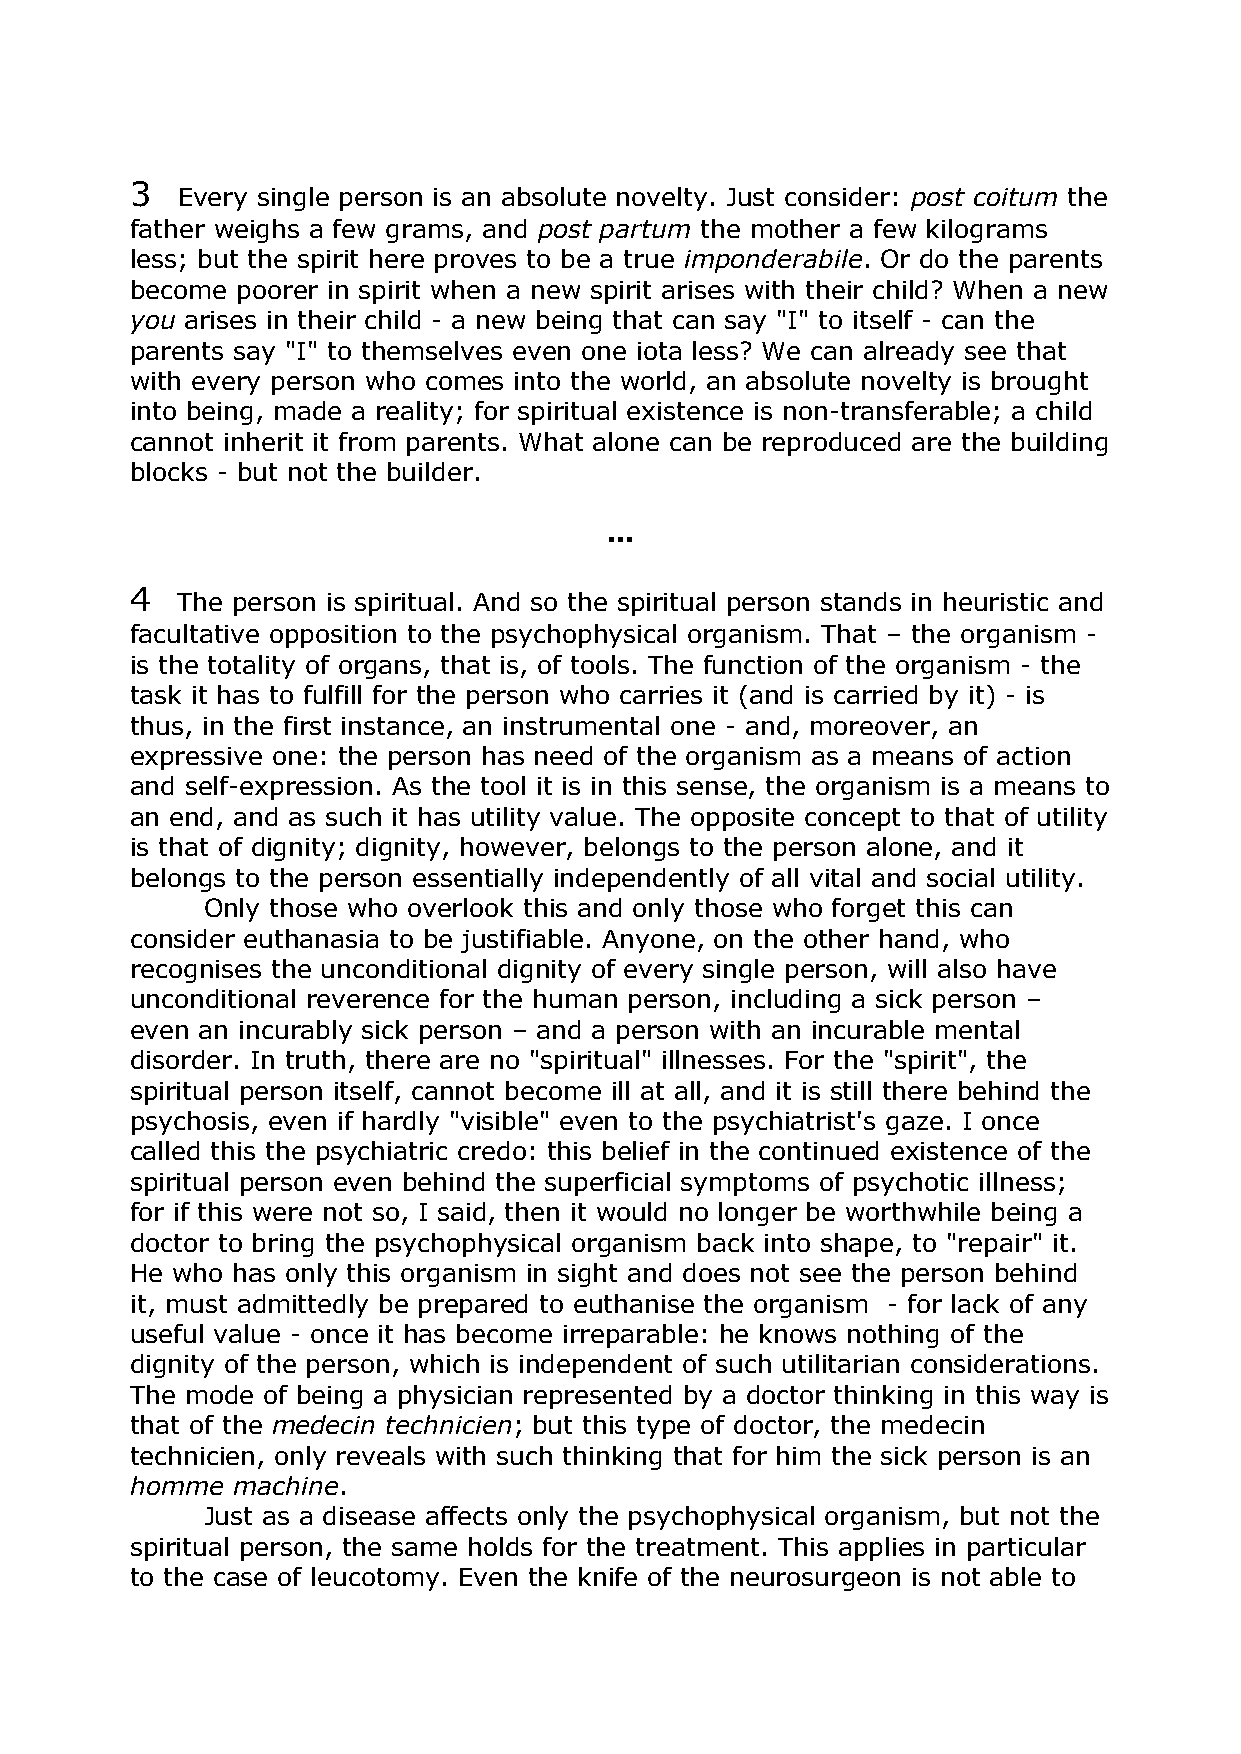
3
 Every single person is an absolute novelty. Just consider: post coitum the
 father weighs a few grams, and post partum the mother a few kilograms
 less; but the spirit here proves to be a true imponderabile. Or do the parents
 become poorer in spirit when a new spirit arises with their child? When a new
 you arises in their child - a new being that can say "I" to itself - can the
 parents say "I" to themselves even one iota less? We can already see that
 with every person who comes into the world, an absolute novelty is brought
 into being, made a reality; for spiritual existence is non-transferable; a child
 cannot inherit it from parents. What alone can be reproduced are the building
 blocks - but not the builder.
 ...
 4
 The person is spiritual. And so the spiritual person stands in heuristic and
 facultative opposition to the psychophysical organism. That – the organism -
 is the totality of organs, that is, of tools. The function of the organism - the
 task it has to fulfill for the person who carries it (and is carried by it) - is
 thus, in the first instance, an instrumental one - and, moreover, an
 expressive one: the person has need of the organism as a means of action
 and self-expression. As the tool it is in this sense, the organism is a means to
 an end, and as such it has utility value. The opposite concept to that of utility
 is that of dignity; dignity, however, belongs to the person alone, and it
 belongs to the person essentially independently of all vital and social utility.
 Only those who overlook this and only those who forget this can
 consider euthanasia to be justifiable. Anyone, on the other hand, who
 recognises the unconditional dignity of every single person, will also have
 unconditional reverence for the human person, including a sick person –
 even an incurably sick person – and a person with an incurable mental
 disorder. In truth, there are no "spiritual" illnesses. For the "spirit", the
 spiritual person itself, cannot become ill at all, and it is still there behind the
 psychosis, even if hardly "visible" even to the psychiatrist's gaze. I once
 called this the psychiatric credo: this belief in the continued existence of the
 spiritual person even behind the superficial symptoms of psychotic illness;
 for if this were not so, I said, then it would no longer be worthwhile being a
 doctor to bring the psychophysical organism back into shape, to "repair" it.
 He who has only this organism in sight and does not see the person behind
 it, must admittedly be prepared to euthanise the organism - for lack of any
 useful value - once it has become irreparable: he knows nothing of the
 dignity of the person, which is independent of such utilitarian considerations.
 The mode of being a physician represented by a doctor thinking in this way is
 that of the medecin technicien; but this type of doctor, the medecin
 technicien, only reveals with such thinking that for him the sick person is an
 homme machine.
 Just as a disease affects only the psychophysical organism, but not the
 spiritual person, the same holds for the treatment. This applies in particular
 to the case of leucotomy. Even the knife of the neurosurgeon is not able to